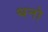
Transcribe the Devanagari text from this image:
थनो